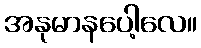
အနုမာနပေါ့လေ။